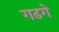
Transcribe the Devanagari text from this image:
गढगे